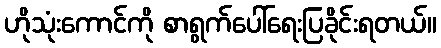
ဟိုသုံးကောင်ကို စာရွက်ပေါ်ရေးပြခိုင်းရတယ်။